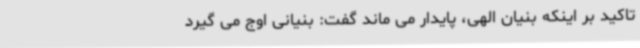
تاکید بر اینکه بنیان الهی، پایدار می ماند گفت: بنیانی اوج می گیرد